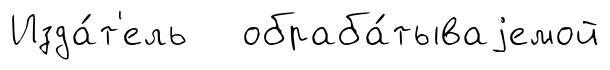
Изда́т'ель обраба́тываjемой